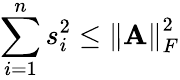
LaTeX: \sum_{i=1}^{n}s_{i}^{2}\leq\left\lVert\mathbf{A}\right\rVert_{F}^{2}